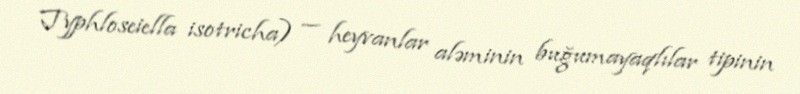
Typhloseiella isotricha) — heyvanlar aləminin buğumayaqlılar tipinin